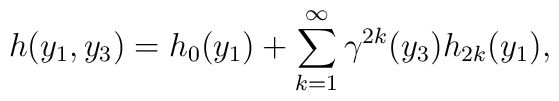
h(y_1, y_3)=h_{0}(y_1)+\sum_{k=1}^{\infty} {\gamma}^{2k}(y_3) h_{2k}(y_1),